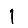
Digit: 1